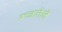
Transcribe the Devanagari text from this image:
रूजलेले